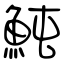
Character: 魨